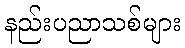
နည်းပညာသစ်များ